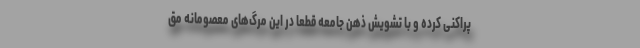
‌پراکنی کرده و با تشویش ذهن جامعه قطعا در این مرگ‌های معصومانه مق